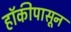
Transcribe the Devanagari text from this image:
हॉकीपासून